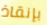
بإنقاذ